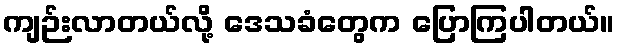
ကျဉ်းလာတယ်လို့ ဒေသခံတွေက ပြောကြပါတယ်။